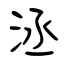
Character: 洆